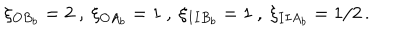
\xi _ { O B _ { b } } = 2 \ , \ \xi _ { O A _ { b } } = 1 \ , \ \xi _ { I I B _ { b } } = 1 \ , \ \xi _ { I I A _ { b } } = 1 / 2 \, .